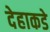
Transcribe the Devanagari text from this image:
देहाकडे